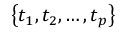
\left\{ t _ { 1 } , t _ { 2 } , \ldots , t _ { p } \right\}